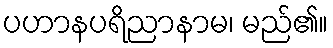
ပဟာနပရိညာနာမ၊ မည်၏။